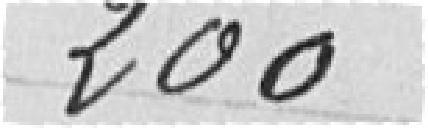
200,00